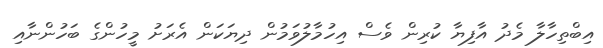
އިބްތިހާލާ މެދު އާފިޔާ ކުރިން ވެސް އިހުމާލުވަމުން ދިޔަކަން އެރަށު މީހުންގެ ބަހުންނާއި